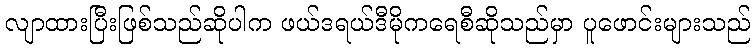
လျာထားပြီးဖြစ်သည်ဆိုပါက ဖယ်ဒရယ်ဒီမိုကရေစီဆိုသည်မှာ ပူဖောင်းများသည်